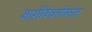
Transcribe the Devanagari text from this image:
आशीर्वचनोपरांत